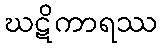
ဃဋိကာရဿ